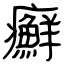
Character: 癬